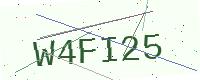
Text: W4FI25